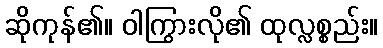
ဆိုကုန်၏။ ဝါကြွားလို၏ ထုလ္လစ္စည်း။